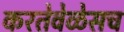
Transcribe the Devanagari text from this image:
करतेवेळेसच